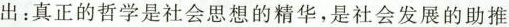
出：真正的哲学是社会思想的精华，是社会发展的助推